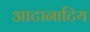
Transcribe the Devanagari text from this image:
आटानाटिय